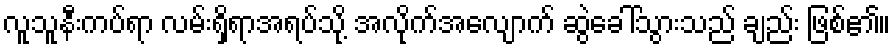
လူသူနီးကပ်ရာ လမ်းရှိရာအရပ်သို့ အလိုက်အလျောက် ဆွဲခေါ်သွားသည် ချည်း ဖြစ်၏။